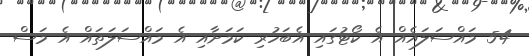
54 މައްސަލައެއް އެ ކޯޓުގައި އެބަހުރި ކަމަށާއި އެ މައްސަލަތައް އެ މަސް